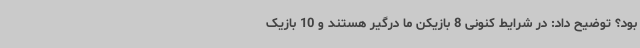
بود؟ توضیح داد: در شرایط کنونی 8 بازیکن ما درگیر هستند و 10 بازیک